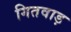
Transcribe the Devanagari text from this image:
गितवाड़